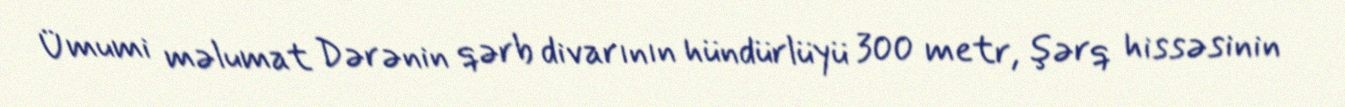
Ümumi məlumat Dərənin qərb divarının hündürlüyü 300 metr, şərq hissəsinin